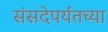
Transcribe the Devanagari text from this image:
संसदेपर्यंतच्या